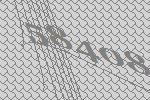
58408